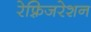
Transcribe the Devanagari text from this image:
रेफ़्रिजरेशन